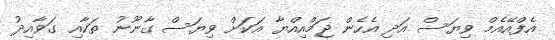
އެފްއޭއެމް ވިޔަސް އަދި އެހެން ޖަމްއިއްޔާ އަކަށް ވިޔަސް ގާނޫނު ތަކާއި ގަވާއިދު